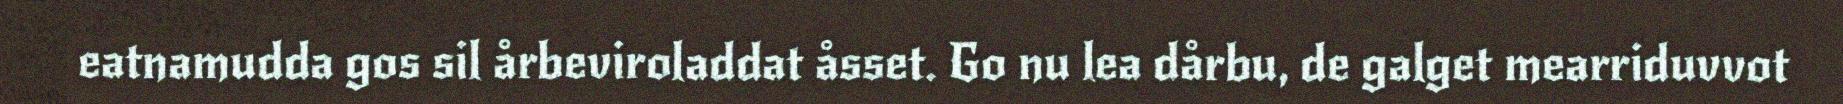
eatnamudda gos sil årbeviroladdat åsset. Go nu lea dårbu, de galget mearriduvvot